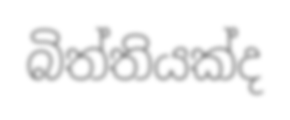
බිත්තියක්ද